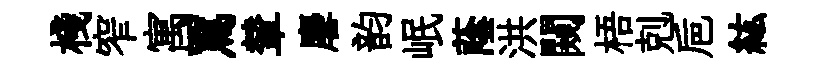
棧窄寓罵輦麐韵岷蔭洪闚梧剋巵紘